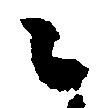
々